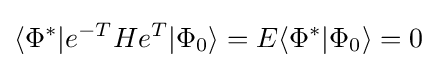
\langle \Phi ^{*}|e^{-T}He^{T}|\Phi _{0}\rangle =E\langle \Phi ^{*}|\Phi _{0}\rangle =0